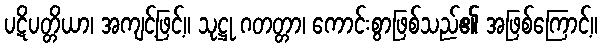
ပဋိပတ္တိယာ၊ အကျင့်ဖြင့်။ သုဋ္ဌု ဂတတ္တာ၊ ကောင်းစွာဖြစ်သည်၏ အဖြစ်ကြောင့်။